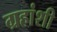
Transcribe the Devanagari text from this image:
ग्रहांशी